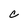
Character: c